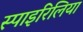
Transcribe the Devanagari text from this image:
स्पाइरिलिया